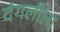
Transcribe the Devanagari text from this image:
दंगलीला